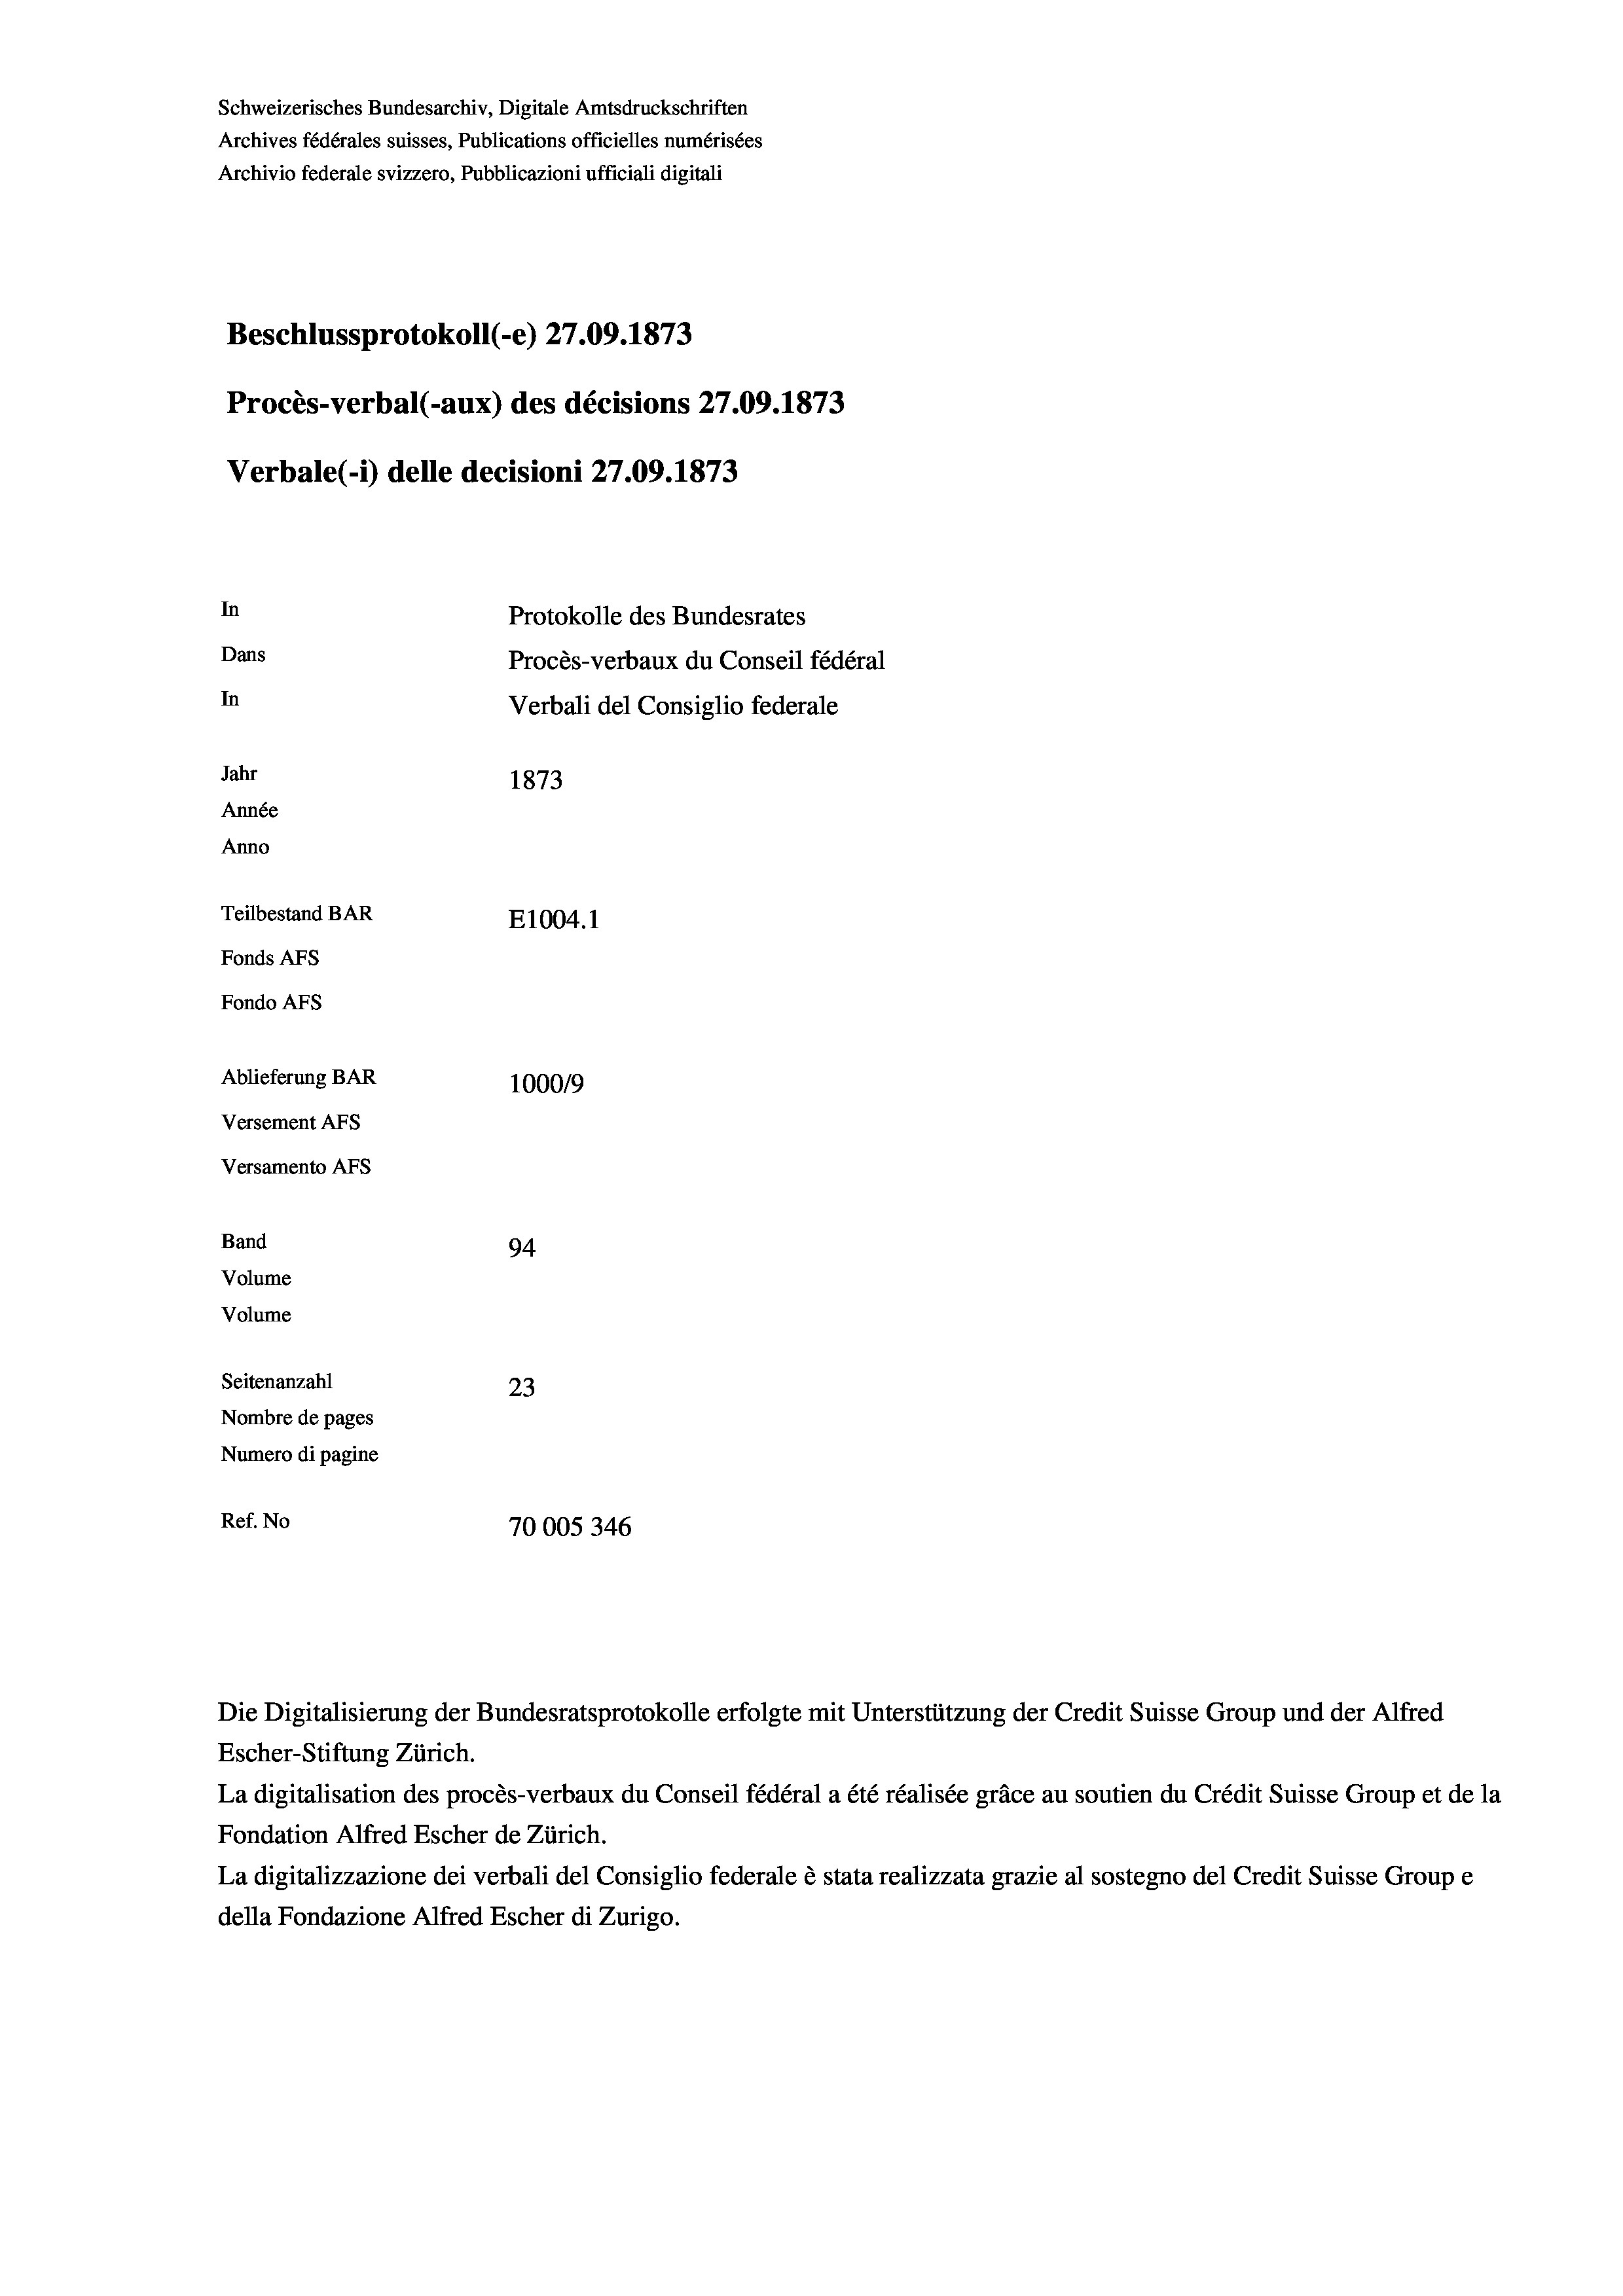
Schweizerisches Bundesarchiv, Digitale Amtsdruckschriften
Archives fédérales suisses, Publications officielles numérisées
Archivio federale svizzero, Pubblicazioni ufficiali digitali
Beschlussprotokoll (-e) 27.09. 1873
Procès-verbal (-aux) des décisions 27.09. 1873
Verbale (- 1) delle decisioni 27.09. 1873
In
Protokolle des Bundesrates
Dans
Procès-verbaux du Conseil fédéral
In
Verbali del Consiglio federale
Jahr
1873
Année
Anno
Teilbestand BAR
E1004.1
Fonds AFs
Fondo AFs
Ablieferung BAR
1000/9
Versement Abs

Band

Versamento AFs

94
Seitenanzahl
23
Nombre de pages
Numero di pagine
Ref. No
70005346

Volume
Volume

Escher-Stiftung Zürich.
La digitalisation des procès-verbaux du Conseil fédéral a été réalisée gräce au soutien du Crédit Suisse Group et de la
Fondation Alfred Escher de Zürich.
La digitalizzazione dei verbali del Consiglio federale è stata realizzata grazie al sostegno del Credit Suisse Groupe
della Fondazione Alfred Escher di Zurigo.

Die Digitalisierung der Bundesratsprotokolle erfolgte mit Unterstützung der Credit Suisse Group und der Alfred